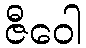
ဇီဝေါ